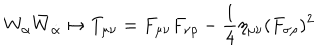
LaTeX: W _ { \alpha } \bar { W } _ { \dot { \alpha } } \mapsto T _ { \mu \nu } = F _ { \mu \nu } F _ { \nu \rho } - { \frac { 1 } { 4 } } \eta _ { \mu \nu } ( F _ { \sigma \rho } ) ^ { 2 }